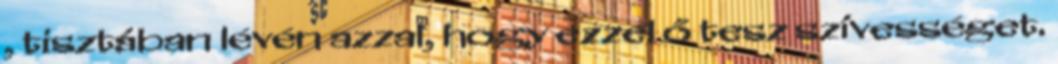
, tisztában lévén azzal, hogy ezzel ő tesz szívességet.